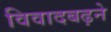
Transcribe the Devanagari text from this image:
विवादबढ़ने